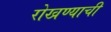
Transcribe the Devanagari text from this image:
रोखण्याची